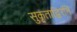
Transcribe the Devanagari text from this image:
सुकृताद्विरतिं